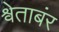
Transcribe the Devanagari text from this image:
श्वेताबंर